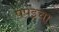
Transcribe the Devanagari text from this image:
पपइचा